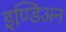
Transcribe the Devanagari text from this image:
इण्डिअन